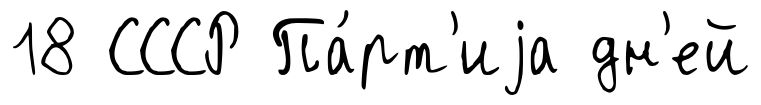
18 СССР Па́рт'иjа дн'ей